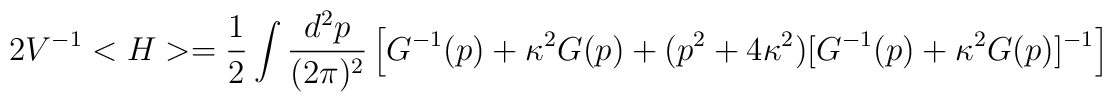
2V^{-1}<H>=\frac{1}{2}\int \frac{d^2p} {(2\pi)^2}\left[G^{-1}(p)+\kappa^2G(p)+(p^2+4\kappa^2)[G^{-1}(p)+\kappa^2G(p)]^{-1}\right]